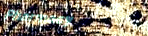
Pharmacy